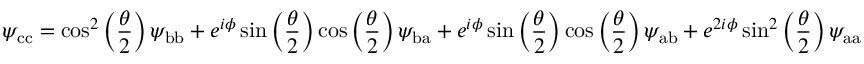
\psi _ { \mathrm { c c } } = \cos ^ { 2 } \left( \frac { \theta } { 2 } \right) \psi _ { \mathrm { b b } } + e ^ { i \phi } \sin \left( \frac { \theta } { 2 } \right) \cos \left( \frac { \theta } { 2 } \right) \psi _ { \mathrm { b a } } + e ^ { i \phi } \sin \left( \frac { \theta } { 2 } \right) \cos \left( \frac { \theta } { 2 } \right) \psi _ { \mathrm { a b } } + e ^ { 2 i \phi } \sin ^ { 2 } \left( \frac { \theta } { 2 } \right) \psi _ { \mathrm { a a } }